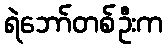
ရဲဘော်တစ်ဦးက